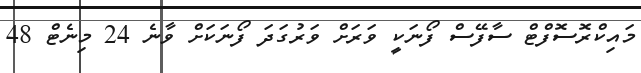
މައިކްރޮސޮފްޓް ސާފޭސް ފޯނަކީ ވަރަށް ވަރުގަދަ ފޯނަކަށް ވާނެ 24 މިނެޓް 48